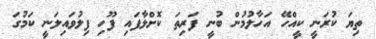
ތިޔަ ކުރަނީ ކީއްހޭ އަހާލުމުން ބުނީ ފަރިތަ ކޮށްލާފައި ފޫހި ފިލުވައިލަނީ ކަމުގަ